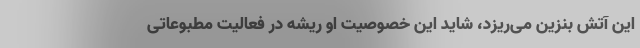
این آتش بنزین می‌ریزد، شاید این خصوصیت او ریشه در فعالیت مطبوعاتی